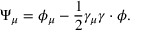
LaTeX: \Psi _ { \mu } = \phi _ { \mu } - \frac { 1 } { 2 } \gamma _ { \mu } \gamma \cdot \phi .